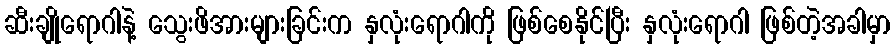
ဆီးချိုရောဂါနဲ့ သွေးဖိအားများခြင်းက နှလုံးရောဂါကို ဖြစ်စေနိုင်ပြီး နှလုံးရောဂါ ဖြစ်တဲ့အခါမှာ